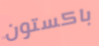
باكستون